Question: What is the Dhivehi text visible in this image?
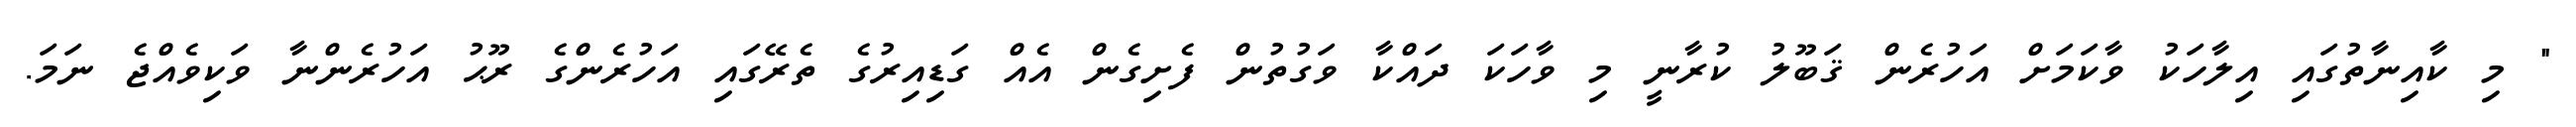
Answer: " މި ކާއިނާތުގައި އިލާހަކު ވާކަމަށް އަހުރެން ޤަބޫލު ކުރާނީ މި ވާހަކަ ދައްކާ ވަގުތުން ފެށިގެން އެއް ގަޑިއިރުގެ ތެރޭގައި އަހުރެންގެ ރޫޙު އަހުރެންނާ ވަކިވެއްޖެ ނަމަ.